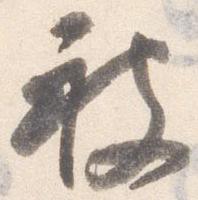
被